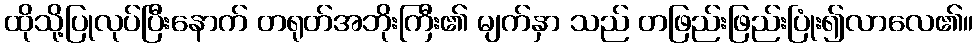
ထိုသို့ပြုလုပ်ပြီးနောက် တရုတ်အဘိုးကြီး၏ မျက်နှာ သည် တဖြည်းဖြည်းပြုံး၍လာလေ၏။